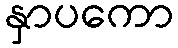
နှာပကော